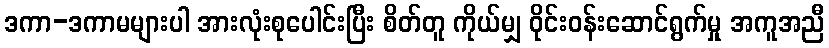
ဒကာ-ဒကာမများပါ အားလုံးစုပေါင်းပြီး စိတ်တူ ကိုယ်မျှ ဝိုင်းဝန်းဆောင်ရွက်မှု အကူအညီ